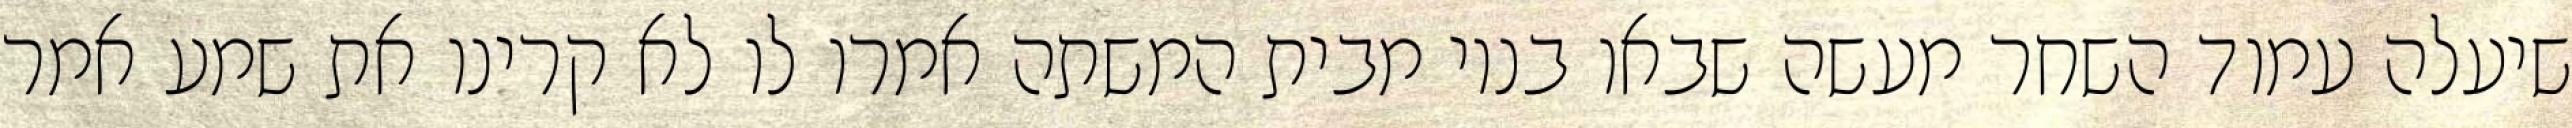
שיעלה עמוד השחר מעשה שבאו בניו מבית המשתה אמרו לו לא קרינו את שמע אמר